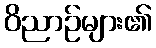
ဝိညာဉ်များ၏